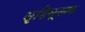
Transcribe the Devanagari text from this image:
सृष्टिमूलक